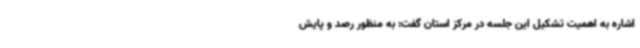
اشاره به اهمیت تشکیل این جلسه در مرکز استان گفت: به منظور رصد و پایش